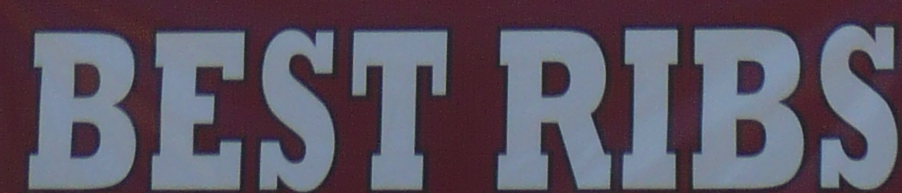
BEST RIBS